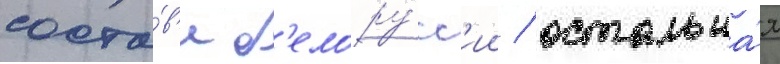
соста́в'е б'елору́сс'ии / остальна́я